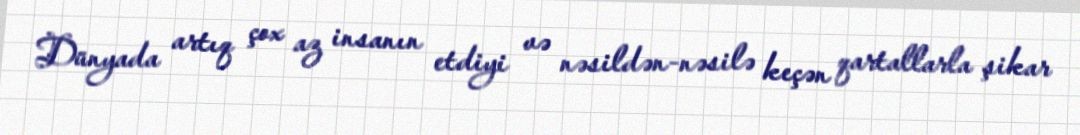
Dünyada artıq çox az insanın etdiyi və nəsildən-nəsilə keçən qartallarla şikar